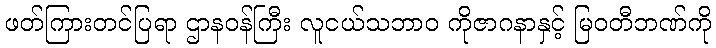
ဖတ်ကြားတင်ပြရာ ဌာနဝန်ကြီး လူငယ်သဘာ၀ ကိုဇာဂနာနှင့် မြဝတီဘဏ်ကို